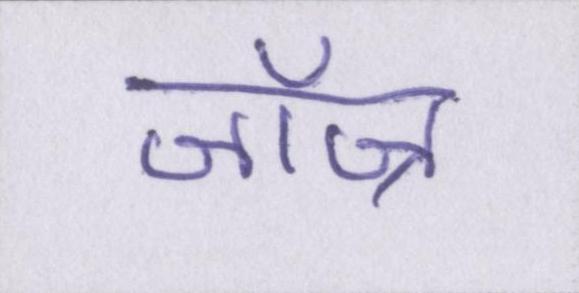
जॉज्र